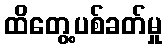
ထိတွေ့ပစ်ခတ်မှု